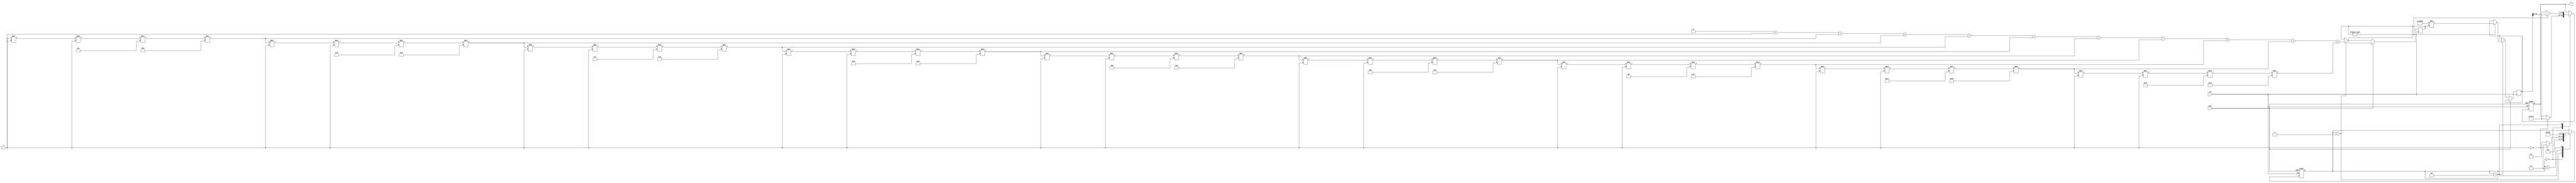
module csch (
    input  wire signed [15:0] x,    // Input value (fixed-point representation)
    output reg signed [15:0] y,      // Output value (csch(x))
    input  wire clk,                  // Clock signal
    input  wire reset                 // Reset signal
);

    // Internal signals
    reg signed [31:0] sinh_x;         // To hold sinh(x) value
    reg signed [31:0] csch_x;         // To hold csch(x) value
    reg [3:0] state;                  // State machine for processing
    parameter IDLE = 4'b0000,        // State definitions
              CALC_SINH = 4'b0001,
              CALC_CSCH = 4'b0010,
              OUTPUT = 4'b0011;

    // Taylor series approximation for sinh(x)
    function signed [31:0] sinh;
        input signed [15:0] x;
        reg signed [31:0] term;
        reg signed [31:0] sum;
        integer i;
        begin
            sum = 0;
            term = x; // First term is x
            sum = sum + term; // Add first term

            for (i = 1; i < 10; i = i + 1) begin // Calculate up to 9 terms
                term = (term * x * x) / (2 * i + 1) / (2 * i); // Calculate term
                sum = sum + term; // Add term to sum
            end

            sinh = sum; // Return sinh(x)
        end
    endfunction

    // Compute csch based on the state machine
    always @(posedge clk or posedge reset) begin
        if (reset) begin
            state <= IDLE;
            y <= 0;
        end else begin
            case (state)
                IDLE: begin
                    if (x == 0) begin
                        y <= 16'h7FFF; // Output for csch(0) (representing infinity)
                        state <= OUTPUT;
                    end else begin
                        state <= CALC_SINH;
                    end
                end

                CALC_SINH: begin
                    sinh_x <= sinh(x); // Calculate sinh(x)
                    state <= CALC_CSCH;
                end

                CALC_CSCH: begin
                    if (sinh_x != 0) begin
                        csch_x <= (32'h00000001 << 16) / sinh_x; // Calculate csch(x) = 1/sinh(x)
                        y <= csch_x[15:0]; // Take lower 16 bits as output
                    end else begin
                        y <= 16'h7FFF; // Handle case where sinh(x) is very small
                    end
                    state <= OUTPUT;
                end

                OUTPUT: begin
                    state <= IDLE; // Go back to IDLE state
                end
            endcase
        end
    end
endmodule